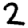
Digit: 2